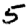
Digit: 5